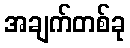
အချက်တစ်ခု